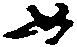
如